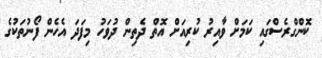
ކޮންގްރެސްގައި ކަމަށް ވާއިރު ކުރިއަށް އޮތް ދެތިން ދުވަހު މިފަދަ އެހެން ފޯނުތަކުގެ